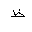
Letter: _za